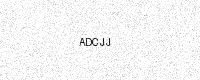
Text: ADCJJ